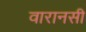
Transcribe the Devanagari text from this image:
वारानसी